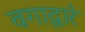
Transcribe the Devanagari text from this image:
वगाद्वारे